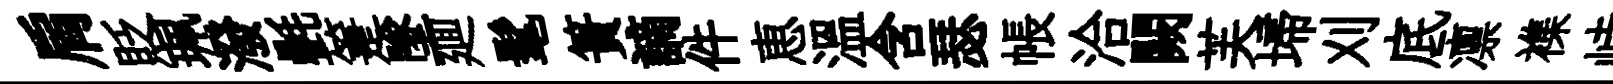
肩貶珮潑㲲箑墜廽髦簣謫件恵温含瑟帳洽闕芙埽刈底凛襍峙